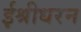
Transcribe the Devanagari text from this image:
ईश्रीधरन